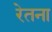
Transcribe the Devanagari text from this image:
रेतना